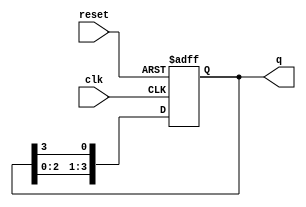
module ring_counter (
    input wire clk,       // Clock input
    input wire reset,     // Asynchronous reset
    output reg [N-1:0] q  // Output register (N-bit wide)
);
    parameter N = 4; // Number of flip-flops (change as needed)

    // Initial state
    initial begin
        q = 1; // Initialize to 0001 (only the least significant bit is '1')
    end

    always @(posedge clk or posedge reset) begin
        if (reset) begin
            q <= 1; // Reset to initial state (0001)
        end else begin
            q <= {q[N-2:0], q[N-1]}; // Shift right and wrap around
        end
    end
endmodule